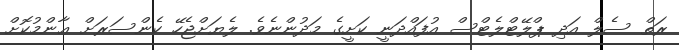
ރަތް ސެލް އަދި ޕްލޭޓްލެޓްސް އުފައްދަނީ ކަށީގެ މަދުންނެވެ. ލެޔަށްޖެހޭ ކެންސަރަށް ޢާންމުކޮށް